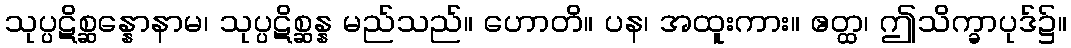
သုပ္ပဋိစ္ဆန္နောနာမ၊ သုပ္ပဋိစ္ဆန္န မည်သည်။ ဟောတိ။ ပန၊ အထူးကား။ ဧတ္ထ၊ ဤသိက္ခာပုဒ်၌။